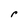
Character: r